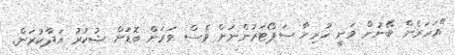
"އަހަރެން ބޭނުން ވަނީ ހުރިހާ ސަޕޯޓަރުންނަށް ވެސް ވަރަށް ބޮޑަށް ޝުކުރު އަދާކުރަން.